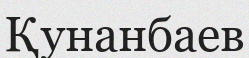
Қунанбаев